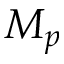
M _ { p }